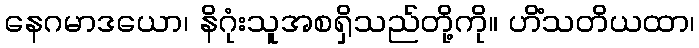
နေဂမာဒယော၊ နိဂုံးသူအစရှိသည်တို့ကို။ ဟိံသတိယထာ၊